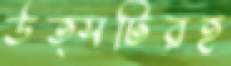
উত্সটিরহ